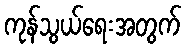
ကုန်သွယ်ရေးအတွက်